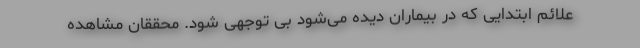
علائم ابتدایی که در بیماران دیده می‌شود بی توجهی شود. محققان مشاهده